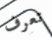
تعرف